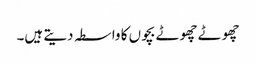
چھوٹے چھوٹے بچوں کا واسطہ دیتے ہیں۔